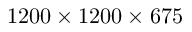
1 2 0 0 \times 1 2 0 0 \times 6 7 5